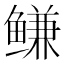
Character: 鳒